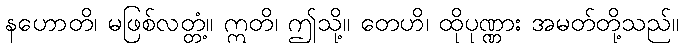
နဟောတိ၊ မဖြစ်လတ္တံ့။ ဣတိ၊ ဤသို့။ တေဟိ၊ ထိုပုဏ္ဏား အမတ်တို့သည်။